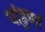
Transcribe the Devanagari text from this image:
पांढुर्णा